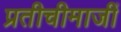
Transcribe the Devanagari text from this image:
प्रतीचीमाजीं